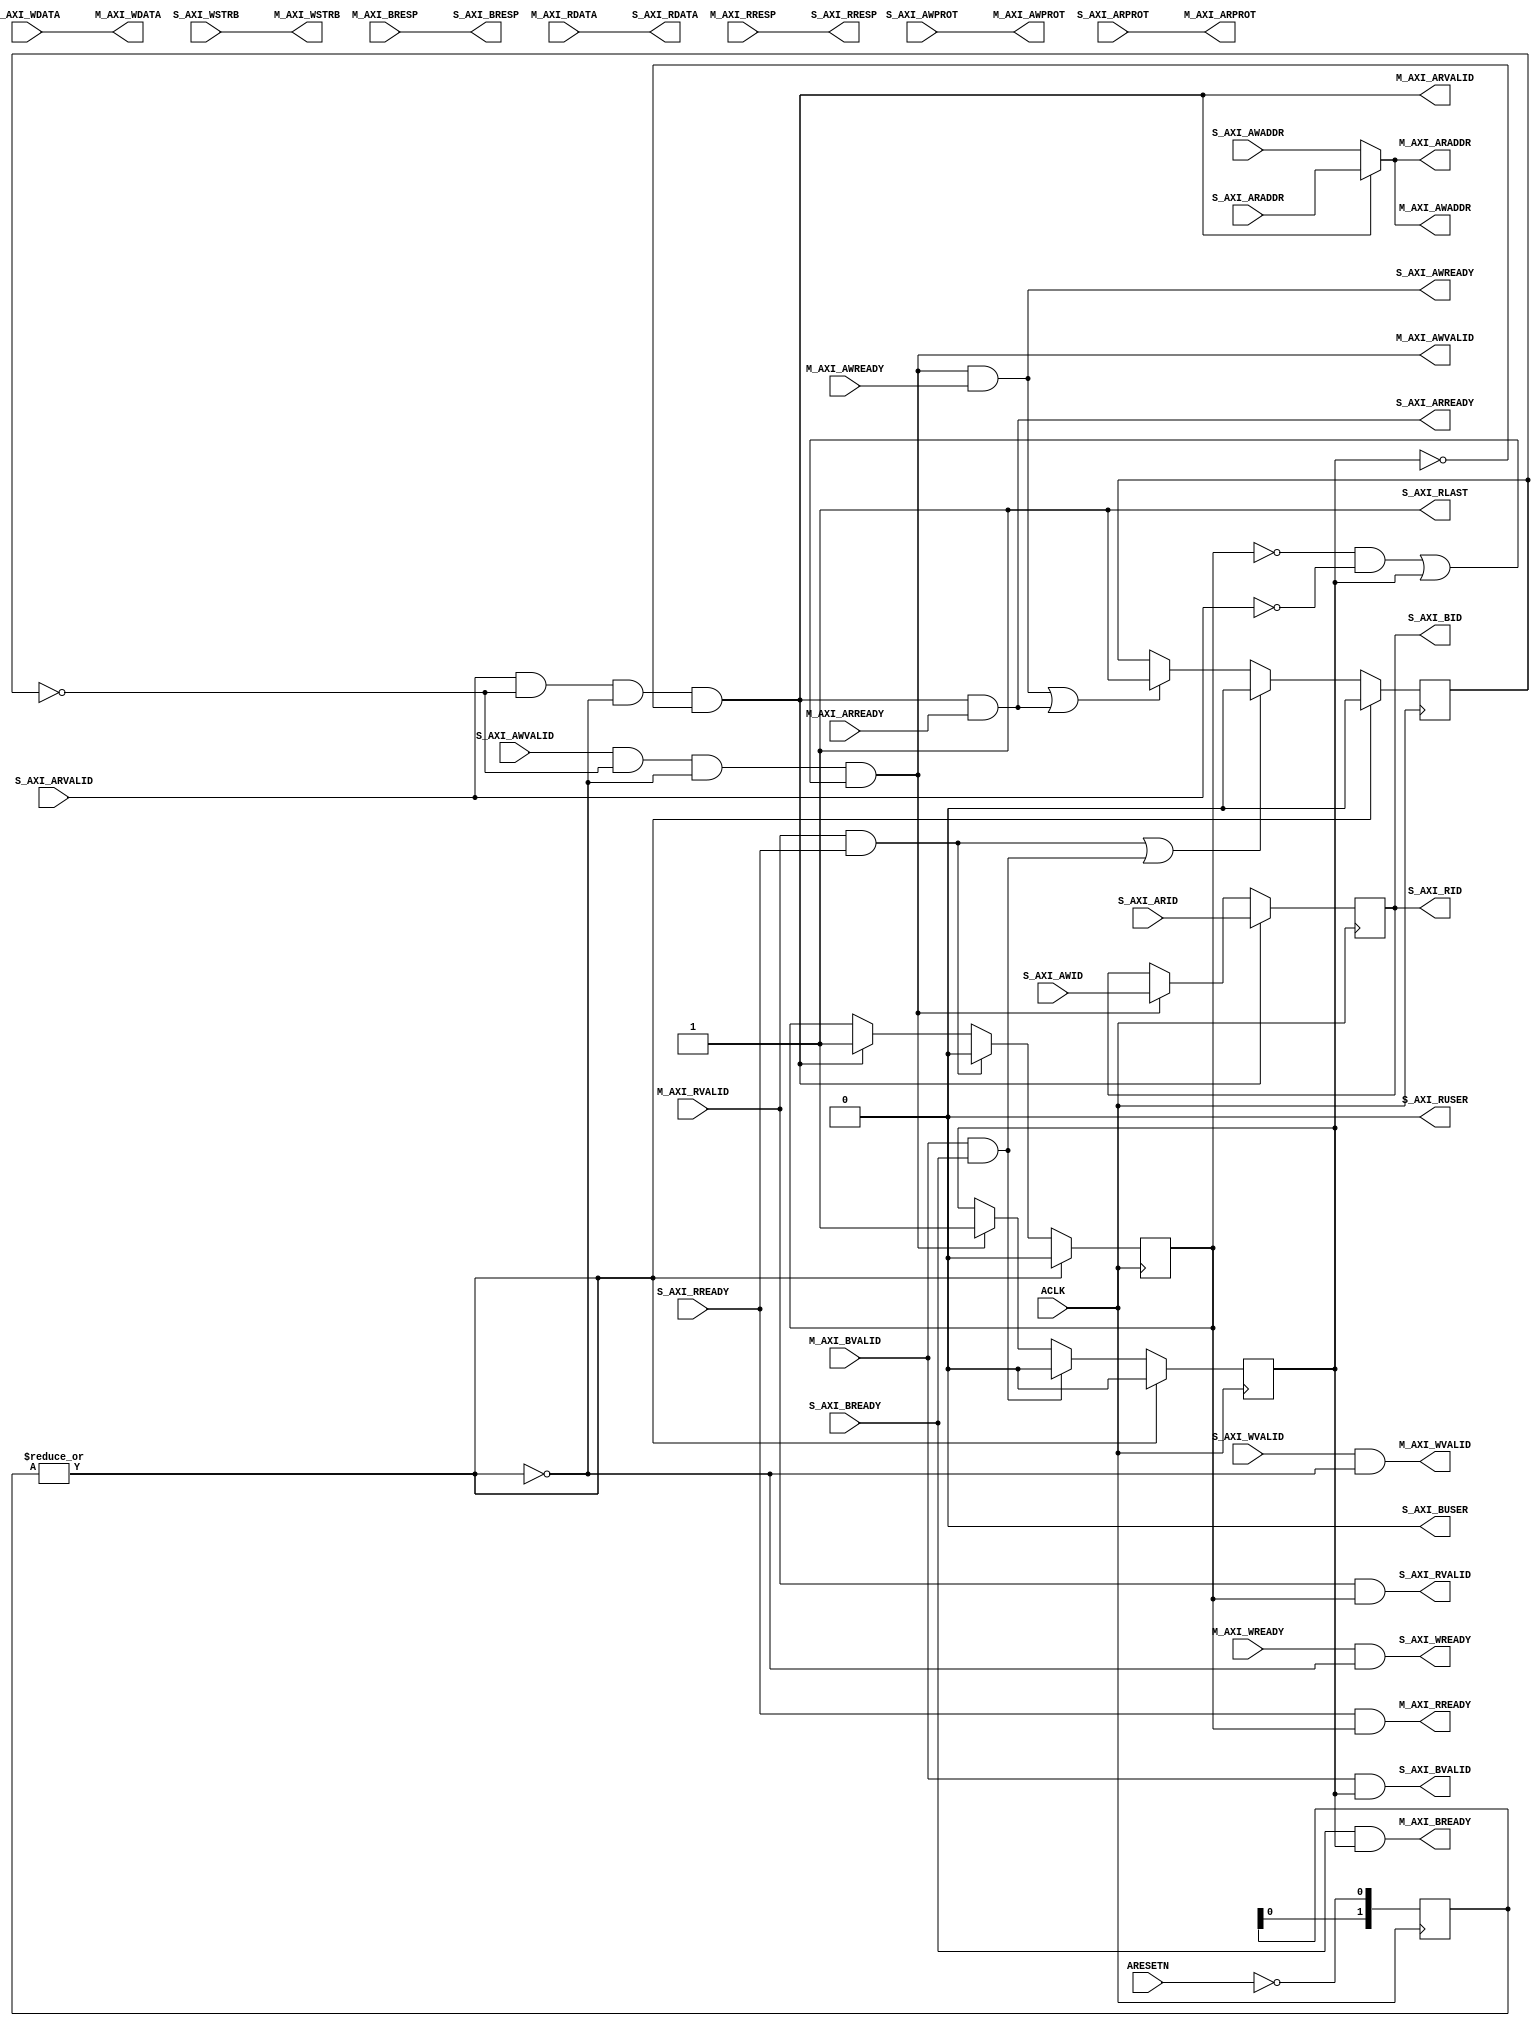
// -- (c) Copyright 2010 - 2011 Xilinx, Inc. All rights reserved.
// --
// -- This file contains confidential and proprietary information
// -- of Xilinx, Inc. and is protected under U.S. and 
// -- international copyright and other intellectual property
// -- laws.
// --
// -- DISCLAIMER
// -- This disclaimer is not a license and does not grant any
// -- rights to the materials distributed herewith. Except as
// -- otherwise provided in a valid license issued to you by
// -- Xilinx, and to the maximum extent permitted by applicable
// -- law: (1) THESE MATERIALS ARE MADE AVAILABLE "AS IS" AND
// -- WITH ALL FAULTS, AND XILINX HEREBY DISCLAIMS ALL WARRANTIES
// -- AND CONDITIONS, EXPRESS, IMPLIED, OR STATUTORY, INCLUDING
// -- BUT NOT LIMITED TO WARRANTIES OF MERCHANTABILITY, NON-
// -- INFRINGEMENT, OR FITNESS FOR ANY PARTICULAR PURPOSE; and
// -- (2) Xilinx shall not be liable (whether in contract or tort,
// -- including negligence, or under any other theory of
// -- liability) for any loss or damage of any kind or nature
// -- related to, arising under or in connection with these
// -- materials, including for any direct, or any indirect,
// -- special, incidental, or consequential loss or damage
// -- (including loss of data, profits, goodwill, or any type of
// -- loss or damage suffered as a result of any action brought
// -- by a third party) even if such damage or loss was
// -- reasonably foreseeable or Xilinx had been advised of the
// -- possibility of the same.
// --
// -- CRITICAL APPLICATIONS
// -- Xilinx products are not designed or intended to be fail-
// -- safe, or for use in any application requiring fail-safe
// -- performance, such as life-support or safety devices or
// -- systems, Class III medical devices, nuclear facilities,
// -- applications related to the deployment of airbags, or any
// -- other applications that could lead to death, personal
// -- injury, or severe property or environmental damage
// -- (individually and collectively, "Critical
// -- Applications"). Customer assumes the sole risk and
// -- liability of any use of Xilinx products in Critical
// -- Applications, subject only to applicable laws and
// -- regulations governing limitations on product liability.
// --
// -- THIS COPYRIGHT NOTICE AND DISCLAIMER MUST BE RETAINED AS
// -- PART OF THIS FILE AT ALL TIMES.
//-----------------------------------------------------------------------------
//
// Description: AxiLite Slave Conversion
//
// Verilog-standard:  Verilog 2001
//--------------------------------------------------------------------------
//
// Structure:
//   axilite_conv
//
//--------------------------------------------------------------------------
`timescale 1ps/1ps

(* DowngradeIPIdentifiedWarnings="yes" *) 
module axi_protocol_converter_v2_1_7_axilite_conv #
  (
   parameter         C_FAMILY                    = "virtex6",
   parameter integer C_AXI_ID_WIDTH              = 1,
   parameter integer C_AXI_ADDR_WIDTH            = 32,
   parameter integer C_AXI_DATA_WIDTH            = 32,
   parameter integer C_AXI_SUPPORTS_WRITE        = 1,
   parameter integer C_AXI_SUPPORTS_READ         = 1,
   parameter integer C_AXI_RUSER_WIDTH                = 1,
   parameter integer C_AXI_BUSER_WIDTH                = 1
   )
  (
   // System Signals
   input  wire                          ACLK,
   input  wire                          ARESETN,
   // Slave Interface Write Address Ports
   input  wire [C_AXI_ID_WIDTH-1:0]     S_AXI_AWID,
   input  wire [C_AXI_ADDR_WIDTH-1:0]   S_AXI_AWADDR,
   input  wire [3-1:0]                  S_AXI_AWPROT,
   input  wire                          S_AXI_AWVALID,
   output wire                          S_AXI_AWREADY,
   // Slave Interface Write Data Ports
   input  wire [C_AXI_DATA_WIDTH-1:0]   S_AXI_WDATA,
   input  wire [C_AXI_DATA_WIDTH/8-1:0] S_AXI_WSTRB,
   input  wire                          S_AXI_WVALID,
   output wire                          S_AXI_WREADY,
   // Slave Interface Write Response Ports
   output wire [C_AXI_ID_WIDTH-1:0]     S_AXI_BID,
   output wire [2-1:0]                  S_AXI_BRESP,
   output wire [C_AXI_BUSER_WIDTH-1:0]  S_AXI_BUSER,    // Constant =0
   output wire                          S_AXI_BVALID,
   input  wire                          S_AXI_BREADY,
   // Slave Interface Read Address Ports
   input  wire [C_AXI_ID_WIDTH-1:0]     S_AXI_ARID,
   input  wire [C_AXI_ADDR_WIDTH-1:0]   S_AXI_ARADDR,
   input  wire [3-1:0]                  S_AXI_ARPROT,
   input  wire                          S_AXI_ARVALID,
   output wire                          S_AXI_ARREADY,
   // Slave Interface Read Data Ports
   output wire [C_AXI_ID_WIDTH-1:0]     S_AXI_RID,
   output wire [C_AXI_DATA_WIDTH-1:0]   S_AXI_RDATA,
   output wire [2-1:0]                  S_AXI_RRESP,
   output wire                          S_AXI_RLAST,    // Constant =1
   output wire [C_AXI_RUSER_WIDTH-1:0]  S_AXI_RUSER,    // Constant =0
   output wire                          S_AXI_RVALID,
   input  wire                          S_AXI_RREADY,
   
   // Master Interface Write Address Port
   output wire [C_AXI_ADDR_WIDTH-1:0]   M_AXI_AWADDR,
   output wire [3-1:0]                  M_AXI_AWPROT,
   output wire                          M_AXI_AWVALID,
   input  wire                          M_AXI_AWREADY,
   // Master Interface Write Data Ports
   output wire [C_AXI_DATA_WIDTH-1:0]   M_AXI_WDATA,
   output wire [C_AXI_DATA_WIDTH/8-1:0] M_AXI_WSTRB,
   output wire                          M_AXI_WVALID,
   input  wire                          M_AXI_WREADY,
   // Master Interface Write Response Ports
   input  wire [2-1:0]                  M_AXI_BRESP,
   input  wire                          M_AXI_BVALID,
   output wire                          M_AXI_BREADY,
   // Master Interface Read Address Port
   output wire [C_AXI_ADDR_WIDTH-1:0]   M_AXI_ARADDR,
   output wire [3-1:0]                  M_AXI_ARPROT,
   output wire                          M_AXI_ARVALID,
   input  wire                          M_AXI_ARREADY,
   // Master Interface Read Data Ports
   input  wire [C_AXI_DATA_WIDTH-1:0]   M_AXI_RDATA,
   input  wire [2-1:0]                  M_AXI_RRESP,
   input  wire                          M_AXI_RVALID,
   output wire                          M_AXI_RREADY
  );

  wire s_awvalid_i;
  wire s_arvalid_i;
  wire [C_AXI_ADDR_WIDTH-1:0] m_axaddr;

  // Arbiter
  reg read_active;
  reg write_active;
  reg busy;

  wire read_req;
  wire write_req;
  wire read_complete;
  wire write_complete;
  
  reg [1:0] areset_d; // Reset delay register
  always @(posedge ACLK) begin
    areset_d <= {areset_d[0], ~ARESETN};
  end
  
  assign s_awvalid_i = S_AXI_AWVALID & (C_AXI_SUPPORTS_WRITE != 0);
  assign s_arvalid_i = S_AXI_ARVALID & (C_AXI_SUPPORTS_READ != 0);

  assign read_req  = s_arvalid_i & ~busy & ~|areset_d & ~write_active;
  assign write_req = s_awvalid_i & ~busy & ~|areset_d & ((~read_active & ~s_arvalid_i) | write_active);

  assign read_complete  = M_AXI_RVALID & S_AXI_RREADY;
  assign write_complete = M_AXI_BVALID & S_AXI_BREADY;

  always @(posedge ACLK) begin : arbiter_read_ff
    if (|areset_d)
      read_active <= 1'b0;
    else if (read_complete)
      read_active <= 1'b0;
    else if (read_req)
      read_active <= 1'b1;
  end

  always @(posedge ACLK) begin : arbiter_write_ff
    if (|areset_d)
      write_active <= 1'b0;
    else if (write_complete)
      write_active <= 1'b0;
    else if (write_req)
      write_active <= 1'b1;
  end

  always @(posedge ACLK) begin : arbiter_busy_ff
    if (|areset_d)
      busy <= 1'b0;
    else if (read_complete | write_complete)
      busy <= 1'b0;
    else if ((write_req & M_AXI_AWREADY) | (read_req & M_AXI_ARREADY))
      busy <= 1'b1;
  end

  assign M_AXI_ARVALID = read_req;
  assign S_AXI_ARREADY = M_AXI_ARREADY & read_req;

  assign M_AXI_AWVALID = write_req;
  assign S_AXI_AWREADY = M_AXI_AWREADY & write_req;

  assign M_AXI_RREADY  = S_AXI_RREADY & read_active;
  assign S_AXI_RVALID  = M_AXI_RVALID & read_active;

  assign M_AXI_BREADY  = S_AXI_BREADY & write_active;
  assign S_AXI_BVALID  = M_AXI_BVALID & write_active;

  // Address multiplexer
  assign m_axaddr = (read_req | (C_AXI_SUPPORTS_WRITE == 0)) ? S_AXI_ARADDR : S_AXI_AWADDR;

  // Id multiplexer and flip-flop
  reg [C_AXI_ID_WIDTH-1:0] s_axid;

  always @(posedge ACLK) begin : axid
    if      (read_req)  s_axid <= S_AXI_ARID;
    else if (write_req) s_axid <= S_AXI_AWID;
  end

  assign S_AXI_BID = s_axid;
  assign S_AXI_RID = s_axid;

  assign M_AXI_AWADDR = m_axaddr;
  assign M_AXI_ARADDR = m_axaddr;


  // Feed-through signals
  assign S_AXI_WREADY   = M_AXI_WREADY & ~|areset_d;
  assign S_AXI_BRESP    = M_AXI_BRESP;
  assign S_AXI_RDATA    = M_AXI_RDATA;
  assign S_AXI_RRESP    = M_AXI_RRESP;
  assign S_AXI_RLAST    = 1'b1;
  assign S_AXI_BUSER    = {C_AXI_BUSER_WIDTH{1'b0}};
  assign S_AXI_RUSER    = {C_AXI_RUSER_WIDTH{1'b0}};

  assign M_AXI_AWPROT   = S_AXI_AWPROT;
  assign M_AXI_WVALID   = S_AXI_WVALID & ~|areset_d;
  assign M_AXI_WDATA    = S_AXI_WDATA;
  assign M_AXI_WSTRB    = S_AXI_WSTRB;
  assign M_AXI_ARPROT   = S_AXI_ARPROT;

endmodule